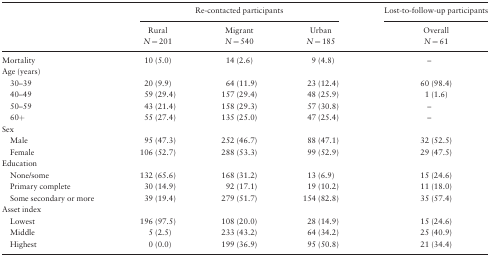
|  | <COLSPAN=3> Re-contacted participants | Lost-to-follow-up participants |
 |  | Rural N = 201 | Migrant N = 540 | Urban N = 185 | Overall N = 61 |
 | --- | --- | --- | --- | --- |
 | Mortality | 10 (5.0) | 14 (2.6) | 9 (4.8) | – |
 | <COLSPAN=5> Age (years) |
 | 30–39 | 20 (9.9) | 64 (11.9) | 23 (12.4) | 60 (98.4) |
 | 40–49 | 59 (29.4) | 157 (29.4) | 48 (25.9) | 1 (1.6) |
 | 50–59 | 43 (21.4) | 158 (29.3) | 57 (30.8) | – |
 | 60+ | 55 (27.4) | 135 (25.0) | 47 (25.4) | – |
 | <COLSPAN=5> Sex |
 | Male | 95 (47.3) | 252 (46.7) | 88 (47.1) | 32 (52.5) |
 | Female | 106 (52.7) | 288 (53.3) | 99 (52.9) | 29 (47.5) |
 | <COLSPAN=5> Education |
 | None/some | 132 (65.6) | 168 (31.2) | 13 (6.9) | 15 (24.6) |
 | Primary complete | 30 (14.9) | 92 (17.1) | 19 (10.2) | 11 (18.0) |
 | Some secondary or more | 39 (19.4) | 279 (51.7) | 154 (82.8) | 35 (57.4) |
 | <COLSPAN=5> Asset index |
 | Lowest | 196 (97.5) | 108 (20.0) | 28 (14.9) | 15 (24.6) |
 | Middle | 5 (2.5) | 233 (43.2) | 64 (34.2) | 25 (40.9) |
 | Highest | 0 (0.0) | 199 (36.9) | 95 (50.8) | 21 (34.4) |